Vaccine operations Central Provinces & Berar 1922-1929 - 1922-1929
Year: 1922
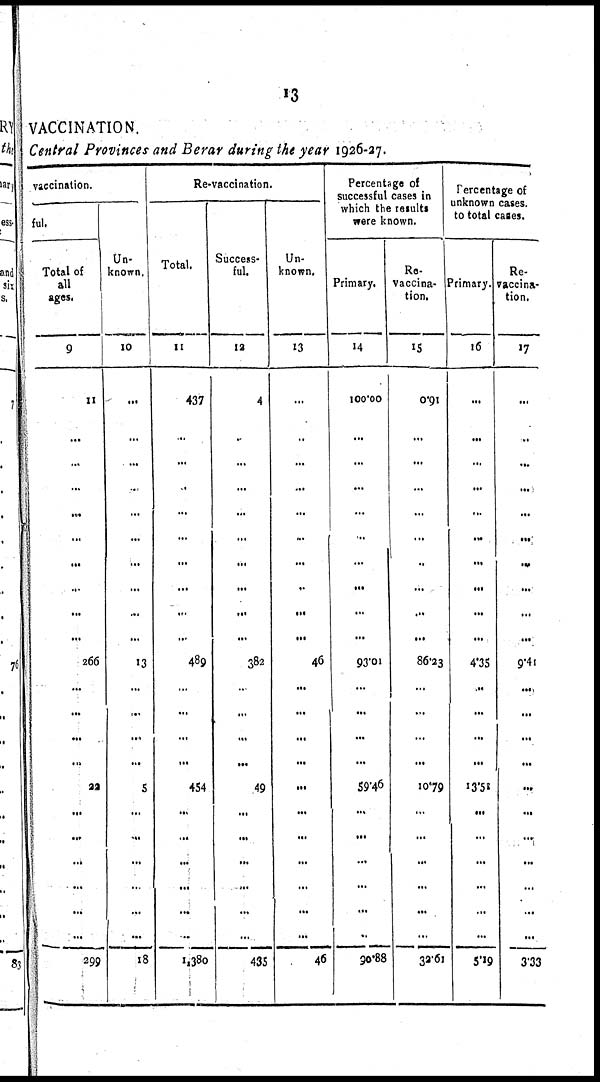
13
VACCINATION.
Central Provinces and Berar during the year 1926-27.
vaccination.
ful.
Total of
all
ages.
9
11
...
...
...
...
...
...
...
...
...
266
...
...
...
...
22
...
...
...
...
...
...
299
Un-
known.
10
...
...
...
...
...
...
...
...
...
...
13
...
...
....
...
5
...
...
...
...
...
...
18
Re-vaccination.
Total.
11
437
...
...
...
...
...
...
...
...
...
489
...
...
...
...
454
...
...
...
...
...
...
1,380
Success¬
ful.
12
4
...
...
...
...
...
...
...
...
...
382
...
...
...
...
49
...
...
...
...
...
...
435
Un¬
known.
13
...
...
...
...
...
...
...
...
...
...
46
...
...
...
...
...
...
...
...
...
...
...
46
Percentage of
successful cases in
which the results
were known.
Primary.
14
100.00
...
...
...
...
...
...
...
...
...
93.01
...
...
...
...
59.46
...
...
...
...
...
...
90.88
Re¬
vaccina-
tion.
15
0.91
...
...
...
...
...
...
...
...
...
86.23
...
...
...
...
10.79
...
...
...
...
...
...
33.61
Percentage of
unknown cases,
to total cases.
Primary.
16
...
...
...
...
...
...
...
...
...
...
4.35
...
...
...
...
13.51
...
...
...
...
...
...
5.19
Re¬
vaccina-
tion.
17
...
...
...
...
...
...
...
...
...
...
9.41
...
...
...
...
...
...
...
...
...
...
...
3.33